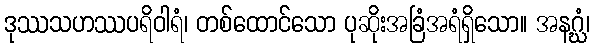
ဒုဿသဟဿပရိဝါရံ၊ တစ်ထောင်သော ပုဆိုးအခြံအရံရှိသော။ အနဂ္ဃံ၊